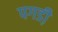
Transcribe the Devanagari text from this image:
पगडी़